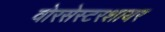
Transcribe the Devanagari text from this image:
वोरसेस्टरशायर